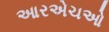
આરએચઓ